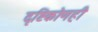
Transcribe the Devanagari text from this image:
दृष्टिकोणही